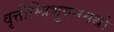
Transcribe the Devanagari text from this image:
वृत्तीस्त्रिभुवनमथो